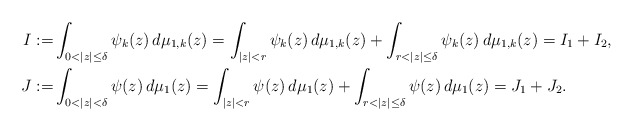
\begin{align*}I:=&\int_{0<|z|\leq\delta}\psi_k(z)\, d\mu_{1,k}(z)=\int_{|z|<r}\psi_k(z)\, d\mu_{1,k}(z) +\int_{r<|z|\leq\delta}\psi_k(z)\,d\mu_{1,k}(z)=I_1+I_2,\\J:=&\int_{0<|z|<\delta}\psi(z)\, d\mu_{1}(z)=\int_{|z|<r}\psi(z)\, d\mu_{1}(z) +\int_{r<|z|\leq\delta}\psi(z)\,d\mu_{1}(z)=J_1+J_2.\end{align*}